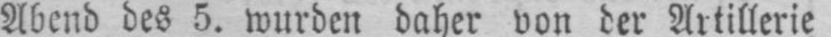
Abend des 5. wurden daher von der Artillerie